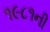
૧૯૮૧ની